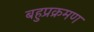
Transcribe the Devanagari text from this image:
बहुप्रक्रमण